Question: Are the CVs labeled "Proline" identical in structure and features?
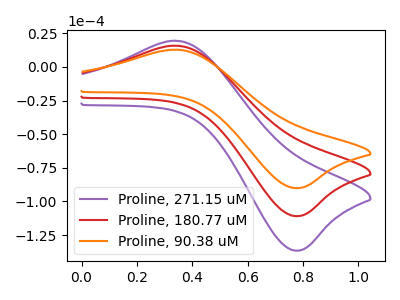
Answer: <think>The purple curve "Proline, 271.15 uM" has an anodic peak at (0.35V, 31.40uA) and a cathodic peak at (0.80V, -221.75uA). The red curve "Proline, 180.77 uM" has an anodic peak at (0.35V, 15.70uA) and a cathodic peak at (0.80V, -110.85uA). The orange curve "Proline, 90.38 uM" has an anodic peak at (0.35V, 12.75uA) and a cathodic peak at (0.80V, -90.05uA).
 All the peaks in "Proline, 271.15 uM" have a peak in "Proline, 180.77 uM" at the same potential. Every peak in "Proline, 271.15 uM" is higher than every peak in "Proline, 180.77 uM". All the peaks in "Proline, 271.15 uM" have a peak in "Proline, 90.38 uM" at the same potential. Every peak in "Proline, 271.15 uM" is higher than every peak in "Proline, 90.38 uM". All the peaks in "Proline, 180.77 uM" have a peak in "Proline, 90.38 uM" at the same potential. Every peak in "Proline, 180.77 uM" is higher than every peak in "Proline, 90.38 uM".</think>
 <answer>All the CV's of "Proline" have similar shape.</answer>
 <eval>follow_rule</eval>